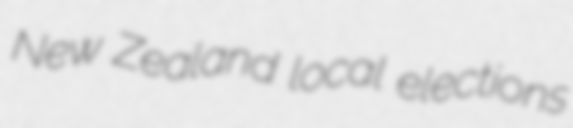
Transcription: New Zealand local elections